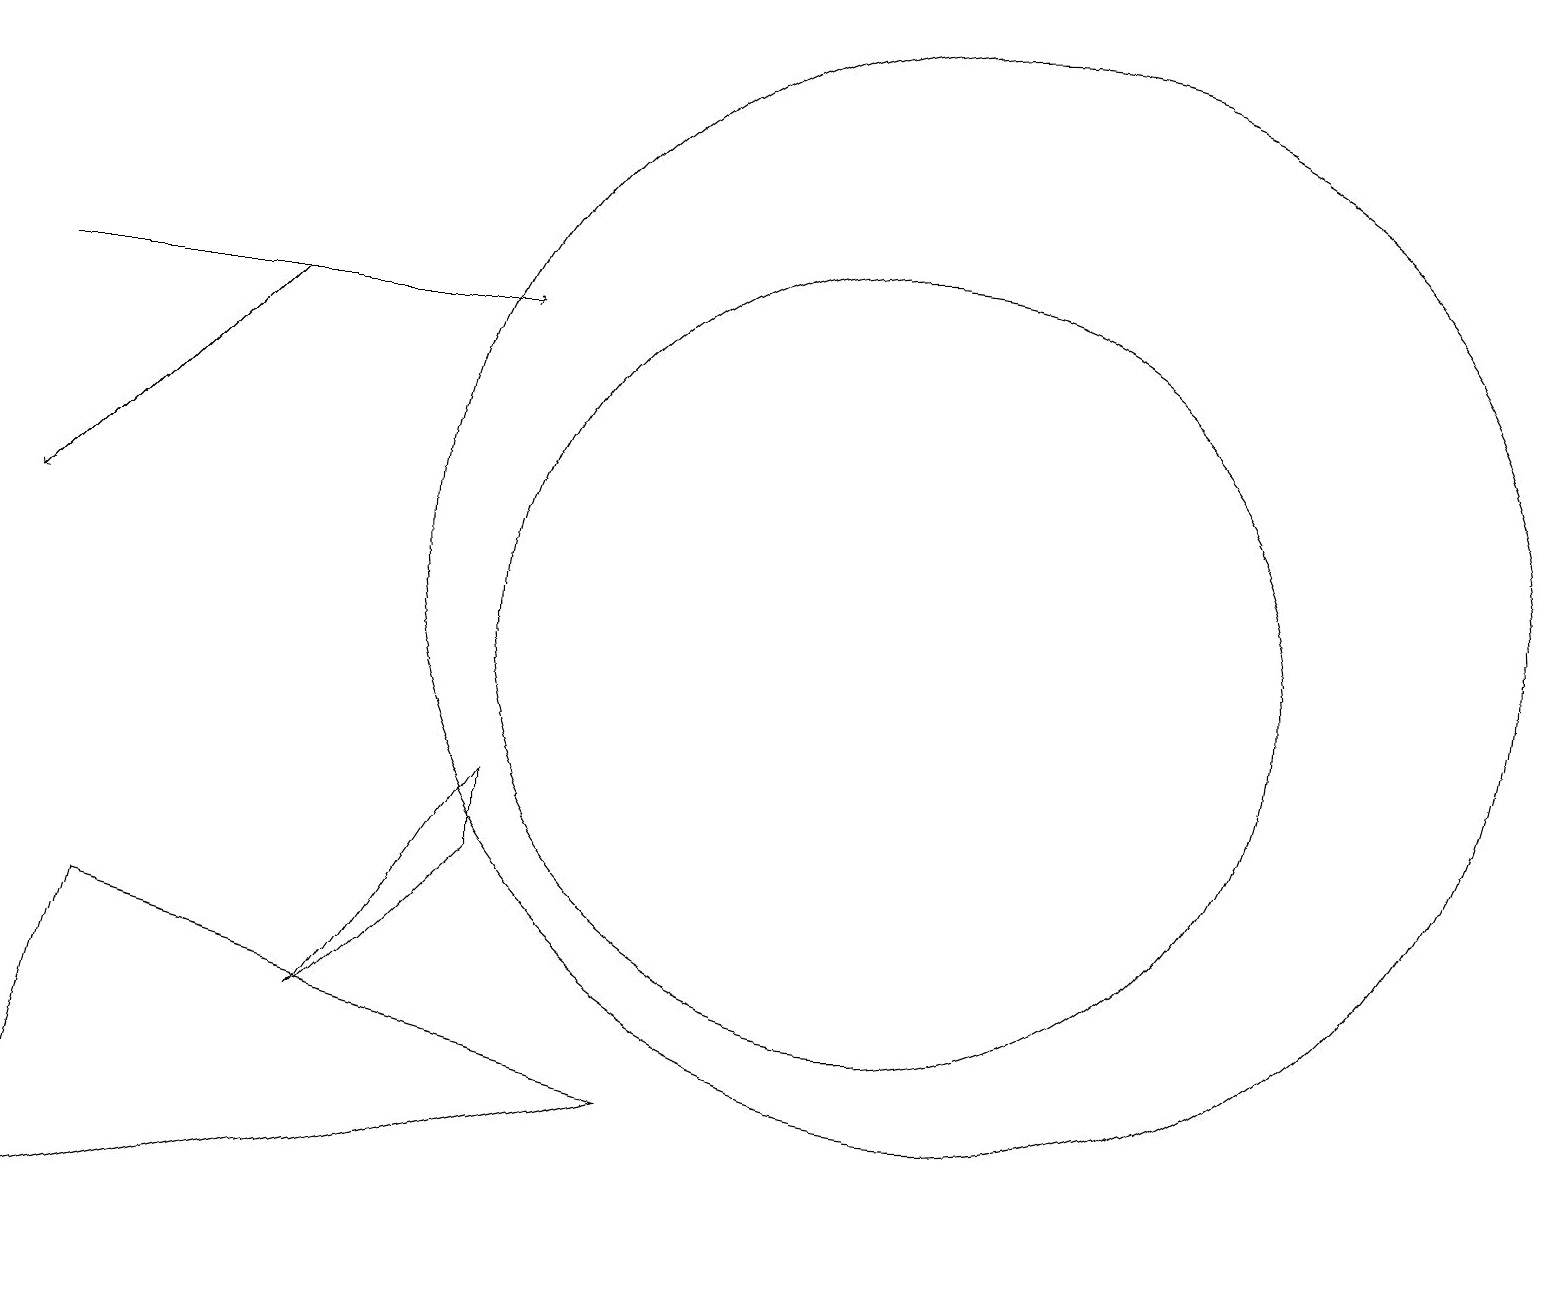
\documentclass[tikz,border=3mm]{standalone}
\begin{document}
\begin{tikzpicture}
\draw (6,8) -- (4,6) -- (6,9) -- cycle;
\draw[->] (0,15) -- (6,15);
\draw (11,10) circle (0);
\draw (12,12) circle (7);
\draw (1,7) -- (8,5) -- (0,3) -- cycle;
\draw (11,11) circle (5);
\draw[->] (3,15) -- (0,12);
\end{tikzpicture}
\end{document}